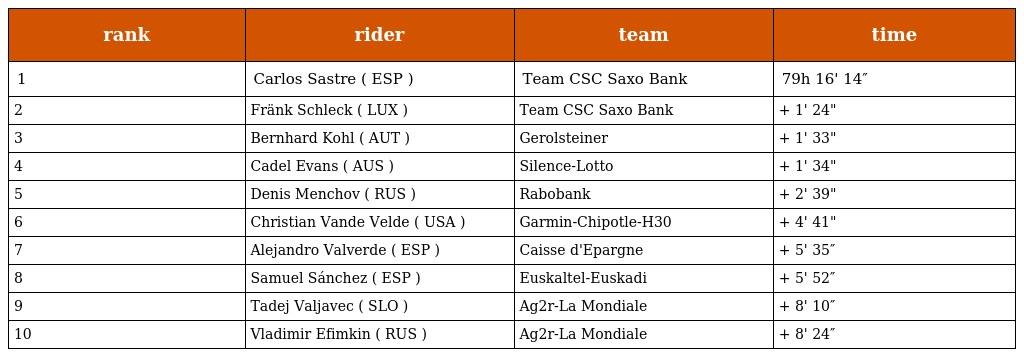
| rank | rider | team | time |
 | --- | --- | --- | --- |
 | 1 | Carlos Sastre ( ESP ) | Team CSC Saxo Bank | 79h 16' 14″ |
 | 2 | Fränk Schleck ( LUX ) | Team CSC Saxo Bank | + 1' 24" |
 | 3 | Bernhard Kohl ( AUT ) | Gerolsteiner | + 1' 33" |
 | 4 | Cadel Evans ( AUS ) | Silence-Lotto | + 1' 34" |
 | 5 | Denis Menchov ( RUS ) | Rabobank | + 2' 39" |
 | 6 | Christian Vande Velde ( USA ) | Garmin-Chipotle-H30 | + 4' 41" |
 | 7 | Alejandro Valverde ( ESP ) | Caisse d'Epargne | + 5' 35″ |
 | 8 | Samuel Sánchez ( ESP ) | Euskaltel-Euskadi | + 5' 52″ |
 | 9 | Tadej Valjavec ( SLO ) | Ag2r-La Mondiale | + 8' 10″ |
 | 10 | Vladimir Efimkin ( RUS ) | Ag2r-La Mondiale | + 8' 24″ |